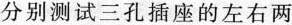
分别测试三孔插座的左右两